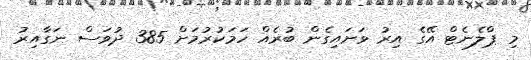
މި ޕްލެނެޓް އޭގެ އިރު ވަށައިގެން ބުރެއް ހަމަކުރުމަށް 385 ދުވަސް ނަގާއިރު